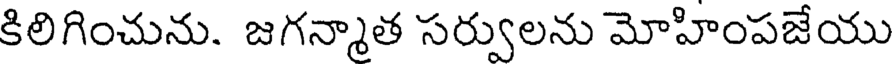
కిలిగించును. జగన్మాత సర్వులను మోహింపజేయు